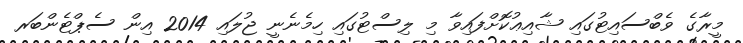
މީރާގެ ވެބްސައިޓުގައި ޝާއިޢުކޮށްފައިވާ މި ލިސްޓުގައި ހިމެނެނީ ޖުލައި 2014 އިން ސެޕްޓެންބަރ